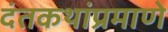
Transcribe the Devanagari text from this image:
दंतकथांप्रमाणे